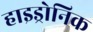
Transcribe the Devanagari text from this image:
हाइड्रोनिक